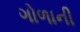
ગોળાની